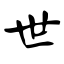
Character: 世